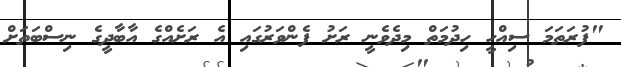
"ފުރަތަމަ ސިއްހީ ހިދުމަތް މިދެވެނީ ރަށު ފެންވަރުގައި އެ ރަށެއްގެ އާބާދީގެ ނިސްބަތަށް